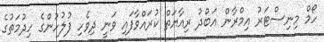
ހޯމް މިނިސްޓަރު އިމްރާން އަބްދު ރިއާޔަތް ކުރައްވާފައި ވަނީ ދިވެހި ފުލުހުންގެ ހިދުމަތުގެ